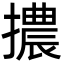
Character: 擃